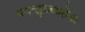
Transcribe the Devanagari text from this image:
फ्फ्त्तुय्ब्य्सेस्र